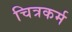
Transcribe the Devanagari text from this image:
चित्रकर्म